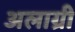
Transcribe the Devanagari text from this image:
अलाग्री